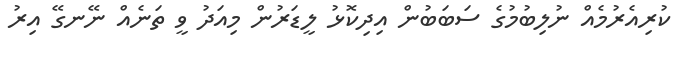
ކުރިއެރުމެއް ނުލިބުމުގެ ސަބަބުން އިދިކޮޅު ލީޑަރުން މިއަދު ވީ ތަނެއް ނޭނގޭ އިރު